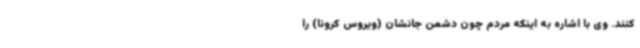
‌کنند. وی با اشاره به اینکه مردم چون دشمن جانشان (ویروس کرونا) را